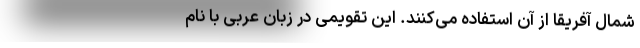
شمال آفریقا از آن استفاده می‌کنند. این تقویمی در زبان عربی با نام